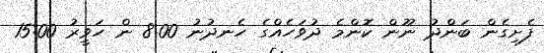
ފެށިގެން ބަންދު ނޫން ކޮންމެ ދުވަހެއްގެ ހެނދުނު 8:00 ން ހަވީރު 15:00